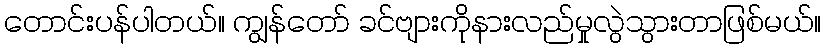
တောင်းပန်ပါတယ်။ ကျွန်တော် ခင်ဗျားကိုနားလည်မှုလွဲသွားတာဖြစ်မယ်။